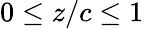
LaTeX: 0\leq z/c\leq 1